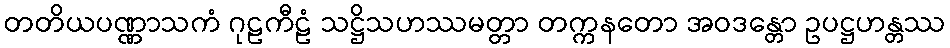
တတိယပဏ္ဏာသကံ ဂုဠကီဠံ သဋ္ဌိသဟဿမတ္တာ တက္ကနတော အဝဒန္တော ဥပဋ္ဌဟန္တဿ